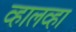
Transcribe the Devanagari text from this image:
व्हालव्हा